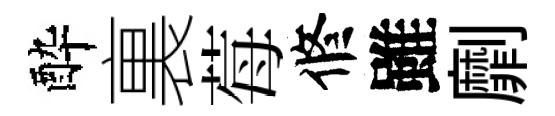
酔裏莓修雖劘